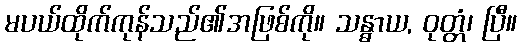
မပယ်ထိုက်ကုန်သည်၏အဖြစ်ကို။ သန္ဓာယ, ဝုတ္တံ၊ ပြီ။